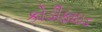
કોડીફાઇડ